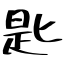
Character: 匙